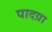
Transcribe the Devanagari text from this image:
पादग्रा